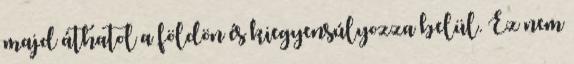
majd áthatol a földön és kiegyensúlyozza belül. Ez nem